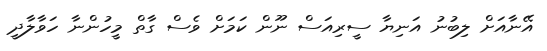
އޭނާއަށް ލިބުނު އަނިޔާ ސީރިއަސް ނޫން ކަމަށް ވެސް ގާތް މީހުންނާ ހަވާލާދީ